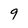
Character: 9